Medical and sanitary report of the native army of Bengal for the year
Year: 1876
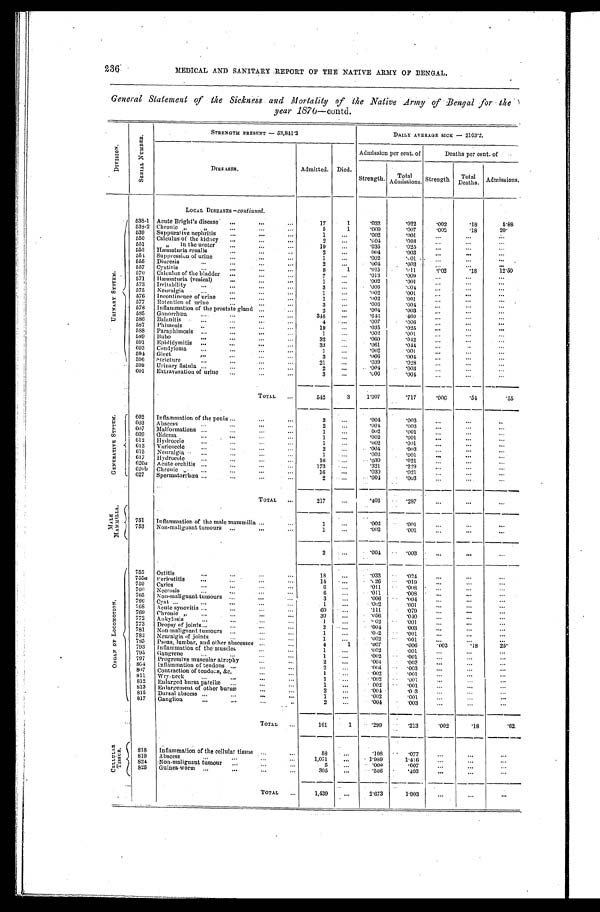
236
MEDICAL AND SANITARY REPORT OF THE NATIVE ARMY OF BENGAL.
General Statement of the Sickness and Mortality of the Native Army of Bengal for the
year 1876—contd.
D I V I S I O N .
S E R I A L N U M B E R .
STRENGTH PRESENT — 53,841.2
DAILY AVERAGE SICK — 2103.2.
DISEASES.
Admitted.
Died.
Admission per cent. of
Deaths per cent. of
Strength.
Total
Admissions.
Strength
Total
Deaths .
Admissions.
U R I N A R Y S Y S T E M .
LOCAL DISEASES — continued.
538-1
Acute Bright.s disease
...
. . .
. . .
17
1
. 0 3 2
.022
. 0 0 2
. 1 8
5.88
539-2
Chronic „
„
...
...
. . .
5
1
. 0 0 9
.007
. 0 0 2
. 1 8
2 0 .
539
Suppurative nephritis
...
. . .
. . .
1
. . .
. 0 0 2
..001
. . .
. . .
. . .
550
Calculus of the kidney
... ...
...
. . .
2
. . .
. 0 0 4
.003
. . .
. . .
. . . . . .
551
„
in the ureter
...
. . .
. . .
19
. . .
. 0 3 5
.025
. . .
. . .
. . . . . .
553
Hæmaturia renalis
...
...
. . .
2
. . .
. 0 0 4
.003
. . .
. . .
. . .
551
Suppressiun of urine
...
. . .
. . .
1
. . .
. 0 0 2
. 0 0 1
. . ....
. . . . . .
555
Diuresis
. . .
...
...
. . .
2
. . .
. 0 0 4
.003
. . .
. . .
. . .
557
Cystitis
. . .
. . ....
...
. . .
8
1
. 0 1 5
.011
. 0 0 2
. 1 8
12.50
570
Calculus of the bladder
...
...
. . .
7
. . .
. . 0 1 3
.009
. 0 0 3
. . .
. . .
571
Hæmaturia (vesical)
...
. . .
. . .
1
. . .
. 0 0 2
. 0 0 1
. . .
573
Irritability
. . .
. . ....
...
. . .
3
. . .
. 0 0 6
.004
. . .
. . .
575
Neuralgia
. . .
. . . ...
. . . . .
. . . . . .
1
. . .
.002
. 0 0 1
. . .
. . .
576
Incontinence of urine
... ...
. . . . . .
. . . . . .
1
. . .
. 0 0 2
.001
. . .
. . .
577
Retention of urine
. . ....
...
. . .
3
. . .
. 0 0 6
.004
. . .
578
Inflammation of the prostate gland ...
. . .
. 2.
. . .
. 0 0 4
.003
. . .
. . .
585
Gonorrhœa
. . .
. . .
...
. . .
34.8
. . .
. 6 4 6
460
. . .
. . .
586
Balanitis
. . .
. . .
. . .
4
. . .
. 0 0 7
.006
. . .
. . .
567
Pitimosis
. . .
. . .
...
. . .
19
. . .
. 0 3 5
.025
. . .
. . .
. . .
588
Paraphimosis
. . .
. . .
...
1
. . .
. 0 0 2
.001
589
Bubo
. . .
. . .
...
. . .
32
. . .
. 0 6 0
.042
. . .
. . .
591
Epidiclymitis
. . .
. . .
...
. . .
33
. . .
. 0 6 1
.044
. . .
. . .
693
Condylonia
. . .
. . .
...
. . .
1
. . .
. 0 0 2
.001
...
. . .
591
Glcet
. . . .
. . .
...
. . .
3
. . .
. 0 0 6
.004
. . .
. . .
596
stricture
. . .
. . .
...
. . .
21
. . .
. 0 3 9
.028
. . .
. . .
599
Urinary fistula ..
. . .
...
. . .
2
. . .
.004
.003
. . .
601
Extravasation of urine
...
...
. . .
3
. . .
. 0 0 6
.004
. . .
. . .
. . .
G E N E R A T I V E S Y S T E M .
TOTAL
. . .
542
3
1.007
.717
. 0 0 6
.54
. 5 5
602
Inflammation of the penis ...
...
. . .
2
. . .
. 0 0 4
.003
. . .
. . .
...
603
Abscess
. . .
. . .
...
2
. . .
. 0 0 4
.003
. . . ...
. . .
607
Malformations . . .
. . .
...
. . .
1
. . .
002
.001
. . .
. . .
. . .
609
Œdema
. . .
. . .
...
1
. . .
. 0 0 2
.001
. . .
. . .
. . .
612
Hydrocele
. . .
. . .
...
. . .
1
. . .
. 0 0 2
.001
. . .
. . .
. . .
613
Varicoccle
. . .
. . .
...
. . .
2
. . .
. 0 0 4
.003
. . ....
. . .
615
Neuralgia
. . .
. . .
...
. . .
1
. . .
. 0 0 2
.001
. . . ...
. . .
617
Hydroccle
. . .
. . .
...
. . .
16
. . .
.030
.021
. . .
. . .
. . .
620 a
Acute orchitis
. . .
. . .
...
. . .
173
.
. . .
. 3 2 1
.229
. . .
. . .
. . .
6 2 0b
Chronic
. . .
. . .
...
. . .
16
. . .
. 0 3 0
.021
. . .
. . .
. . .
627
Spermatorrhœa
. . .
. . .
...
. . .
2
. . .
. 0 0 4
.003
. . .
. . .
M A L E M A M M I L L A .
TOTAL
. . .
217
. . .
. 4 0 3
.287
. . .
. . .
. . .
751
Inflammation of the male mammilla ...
. . .
I
. . .
. 0 0 2
.001
. . .
. . .
. . .
753
Non-malignant tumours
...
...
1
. 0 0 2
.001
. . .
. . .
. . .
2
. . .
.001
.003
. . .
. . .
. . .
O R G A N O F L O C O M O T T O N .
7 5 5
Ostitis
. . .
. . . ...
. . .
18
. . .
.033
.024
. . .
. . .
. . .
755a
P.eriostitis
. . .
. . .
. . .
. . .
14
. . .
. 0 2 6
.019
. . .
. . .
. . .
759
Caries
...
. . .
. . .
. . .
6
. 0 1 1
.008
. . .
. . .
...
7 60
Neerosi
. . .
. . .
...
. . .
6 . . .
. 0 1 1
.008
. . .
. . .
. . .
765
Non-malignant tumours
...
. . .
3
. 0 0 6
.O04
. . .
. . .
. . .
766
Cyst ...
. . .
. . .
. . .
. . .
1
. . .
.
0 0 2
.001
. . .
. . .
. . .
76S
Acute synovitis ...
...
60
. 1 1 1
.079
. . .
. . .
. . .
769
Chronic "
...
. . .
. . .
. . .
30
. . .
.056
.040
. . .
. . .
. . .
772
Ankylosis
...
. . .
. . .
. . .
1
. . .
.002
.001
. . .
. . .
...
773
Dropsy of joints...
. . .
. . .
. . .
2
. . .
. 0 0 4
.003
. . .
. . .
...
781
Non-malignant tumours
...
. . .
. . .
1
. . .
. 0
0 2
.001
. . .
. . .
. . .
752
Neuralgia of joints
. . .
...
. . .
1
. . .
.002
.001
. . .
. . .
. . .
795
Psoas, lumbar, and other abscesses
. . .
4
1
.007
.006
.002
.18
25.
793
Inflammation of the muscles
. . .
. . .
1
. . .
002
-
. 0 0 1
. . .
. . .
. . .
795
Gangrene
. . .
. . .
...
. . .
1
. . .
.002
.001
. . .
. . .
...
797
Progressive muscular atrophy
. . .
2
. . .
.004
.003
. . .
. . .
. . .
8 6 4
Inflammation of tendons
...
. . .
. . .
2
.004
.003
. . .
. . .
. . .
807
Contraction of tendons &c.
. . .
. . .
1
. . .
.002
.001
. . .
. . .
. . .
811
Wry-neck
. . .
. . .
...
. . .
1
. . .
.002
.001
. . .
. . .
. . .
812
Enlarged bursa patellæ.
...
. . .
. . .
1
. . . . .
.
0 0 2
.001
. . .
. . . ..
. . . .
813
Enlargement of other bursæ
. . .
2
. . .
.004
. 0 0 3
. . .
. . .
...
815
Bursal abscess ...
. . .
. . .
. . .
1
. . .
.002
.001
. . .
. . .
817
Ganglion
. . .
. . .
. . .
2
.004
.003
. . .
...
...
TOTAL
161
1
.299
.213
.002
.18
.62
C B L L U L A R T I S S U E .
818
Inflammation of the cellular tissue
. . .
58
. . .
.108
.077
. . .
. . .
. . .
819
Abseess
...
. . .
. . .
. . .
1,071
. . .
. 1.989
1.416
. . .
. . .
...
824
Non-malignant tumour
...
...
. . .
5
. 0 0 9
.007
...
. . .
...
825
Guinea-worm
...
. . .
. . .
. . .
305
. . .
. 5 1 6
.403
. . .
. . .
...
TOTAL
. . .
1,439
. . .
2.673
1.903
. . . .
. . .
. . .